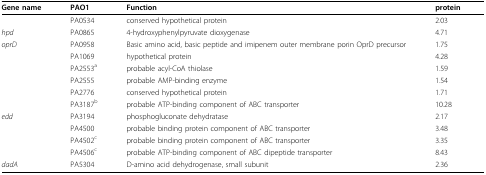
<table><thead><tr><td><b>Gene name</b></td><td><b>PAO1</b></td><td><b>Function</b></td><td><b>protein</b></td></tr></thead><tbody><tr><td></td><td>PA0534</td><td>conserved hypothetical protein</td><td>2.03</td></tr><tr><td><i>hpd</i></td><td>PA0865</td><td>4-hydroxyphenylpyruvate dioxygenase</td><td>4.71</td></tr><tr><td><i>oprD</i></td><td>PA0958</td><td>Basic amino acid, basic peptide and imipenem outer membrane porin OprD precursor</td><td>1.75</td></tr><tr><td></td><td>PA1069</td><td>hypothetical protein</td><td>4.28</td></tr><tr><td></td><td>PA2553<sup>a</sup></td><td>probable acyl-CoA thiolase</td><td>1.59</td></tr><tr><td></td><td>PA2555</td><td>probable AMP-binding enzyme</td><td>1.54</td></tr><tr><td></td><td>PA2776</td><td>conserved hypothetical protein</td><td>1.71</td></tr><tr><td></td><td>PA3187<sup>b</sup></td><td>probable ATP-binding component of ABC transporter</td><td>10.28</td></tr><tr><td><i>edd</i></td><td>PA3194</td><td>phosphogluconate dehydratase</td><td>2.17</td></tr><tr><td></td><td>PA4500</td><td>probable binding protein component of ABC transporter</td><td>3.48</td></tr><tr><td></td><td>PA4502<sup>c</sup></td><td>probable binding protein component of ABC transporter</td><td>3.35</td></tr><tr><td></td><td>PA4506<sup>c</sup></td><td>probable ATP-binding component of ABC dipeptide transporter</td><td>8.43</td></tr><tr><td><i>dadA</i></td><td>PA5304</td><td>D-amino acid dehydrogenase, small subunit</td><td>2.36</td></tr></tbody></table>